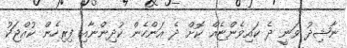
ނާޝިދުު ވަނީ ދެ ކައިވެންޏެއް ކޮށް ދެ އަންހެން ކުދިންނާއި ފިރިހެން ކުއްޖަކު